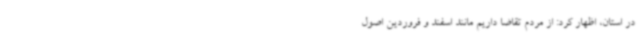
در استان، اظهار کرد: از مردم تقاضا داریم مانند اسفند و فروردین اصول